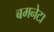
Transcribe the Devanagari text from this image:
बमनेटा